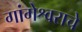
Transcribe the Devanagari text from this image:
गांगेश्वराचे